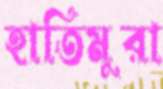
হাতিমুরা